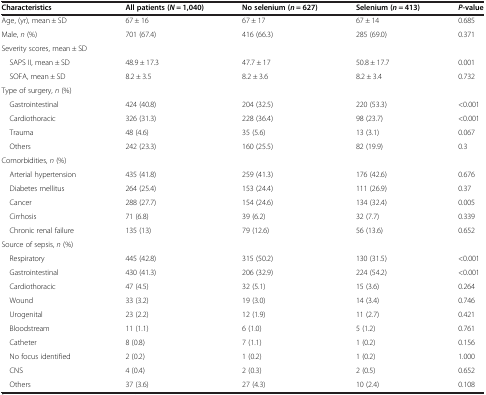
<table><thead><tr><td><b>Characteristics</b></td><td><b>All patients (<i>N</i> = 1,040)</b></td><td><b>No selenium (<i>n</i> = 627)</b></td><td><b>Selenium (<i>n</i> = 413)</b></td><td><b><i>P</i>-value</b></td></tr></thead><tbody><tr><td>Age, (yr), mean ± SD</td><td>67 ± 16</td><td>67 ± 17</td><td>67 ± 14</td><td>0.685</td></tr><tr><td>Male, <i>n</i> (%)</td><td>701 (67.4)</td><td>416 (66.3)</td><td>285 (69.0)</td><td>0.371</td></tr><tr><td>Severity scores, mean ± SD</td><td> </td><td> </td><td> </td><td> </td></tr><tr><td> SAPS II, mean ± SD</td><td>48.9 ± 17.3</td><td>47.7 ± 17</td><td>50.8 ± 17.7</td><td>0.001</td></tr><tr><td> SOFA, mean ± SD</td><td>8.2 ± 3.5</td><td>8.2 ± 3.6</td><td>8.2 ± 3.4</td><td>0.732</td></tr><tr><td>Type of surgery, <i>n</i> (%)</td><td> </td><td> </td><td> </td><td> </td></tr><tr><td> Gastrointestinal</td><td>424 (40.8)</td><td>204 (32.5)</td><td>220 (53.3)</td><td>&lt;0.001</td></tr><tr><td> Cardiothoracic</td><td>326 (31.3)</td><td>228 (36.4)</td><td>98 (23.7)</td><td>&lt;0.001</td></tr><tr><td> Trauma</td><td>48 (4.6)</td><td>35 (5.6)</td><td>13 (3.1)</td><td>0.067</td></tr><tr><td> Others</td><td>242 (23.3)</td><td>160 (25.5)</td><td>82 (19.9)</td><td>0.3</td></tr><tr><td>Comorbidities, <i>n</i> (%)</td><td> </td><td> </td><td> </td><td> </td></tr><tr><td> Arterial hypertension</td><td>435 (41.8)</td><td>259 (41.3)</td><td>176 (42.6)</td><td>0.676</td></tr><tr><td> Diabetes mellitus</td><td>264 (25.4)</td><td>153 (24.4)</td><td>111 (26.9)</td><td>0.37</td></tr><tr><td> Cancer</td><td>288 (27.7)</td><td>154 (24.6)</td><td>134 (32.4)</td><td>0.005</td></tr><tr><td> Cirrhosis</td><td>71 (6.8)</td><td>39 (6.2)</td><td>32 (7.7)</td><td>0.339</td></tr><tr><td> Chronic renal failure</td><td>135 (13)</td><td>79 (12.6)</td><td>56 (13.6)</td><td>0.652</td></tr><tr><td>Source of sepsis, <i>n</i> (%)</td><td> </td><td> </td><td> </td><td> </td></tr><tr><td> Respiratory</td><td>445 (42.8)</td><td>315 (50.2)</td><td>130 (31.5)</td><td>&lt;0.001</td></tr><tr><td> Gastrointestinal</td><td>430 (41.3)</td><td>206 (32.9)</td><td>224 (54.2)</td><td>&lt;0.001</td></tr><tr><td> Cardiothoracic</td><td>47 (4.5)</td><td>32 (5.1)</td><td>15 (3.6)</td><td>0.264</td></tr><tr><td> Wound</td><td>33 (3.2)</td><td>19 (3.0)</td><td>14 (3.4)</td><td>0.746</td></tr><tr><td> Urogenital</td><td>23 (2.2)</td><td>12 (1.9)</td><td>11 (2.7)</td><td>0.421</td></tr><tr><td> Bloodstream</td><td>11 (1.1)</td><td>6 (1.0)</td><td>5 (1.2)</td><td>0.761</td></tr><tr><td> Catheter</td><td>8 (0.8)</td><td>7 (1.1)</td><td>1 (0.2)</td><td>0.156</td></tr><tr><td> No focus identified</td><td>2 (0.2)</td><td>1 (0.2)</td><td>1 (0.2)</td><td>1.000</td></tr><tr><td> CNS</td><td>4 (0.4)</td><td>2 (0.3)</td><td>2 (0.5)</td><td>0.652</td></tr><tr><td> Others</td><td>37 (3.6)</td><td>27 (4.3)</td><td>10 (2.4)</td><td>0.108</td></tr></tbody></table>